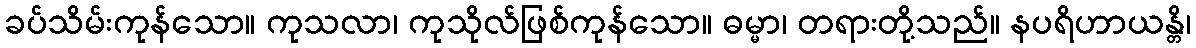
ခပ်သိမ်းကုန်သော။ ကုသလာ၊ ကုသိုလ်ဖြစ်ကုန်သော။ ဓမ္မာ၊ တရားတို့သည်။ နပရိဟာယန္တိ၊